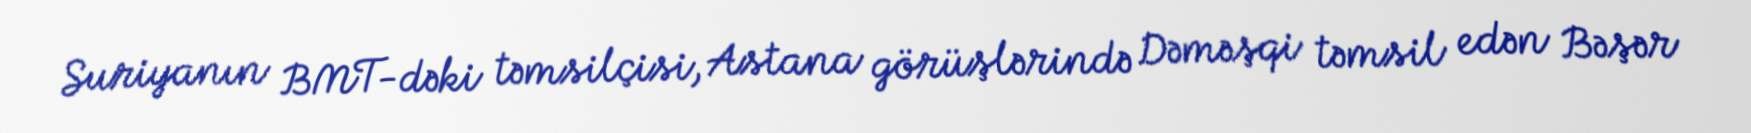
Suriyanın BMT-dəki təmsilçisi, Astana görüşlərində Dəməşqi təmsil edən Bəşər